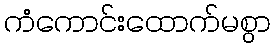
ကံကောင်းထောက်မစွာ